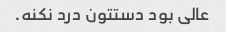
عالی بود دستتون درد نکنه.